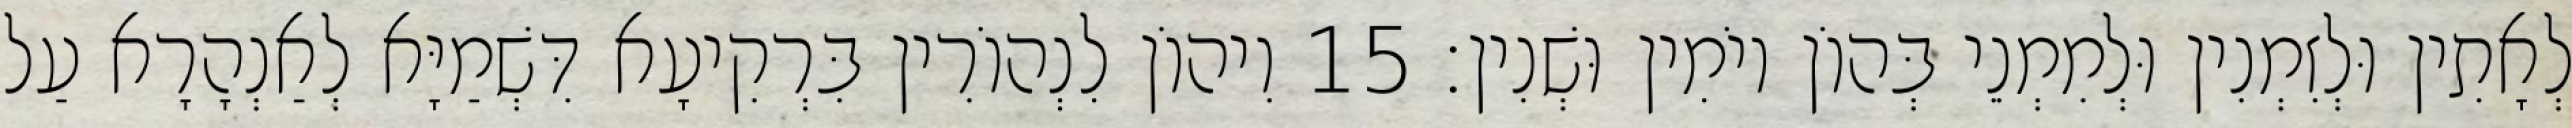
לְאָתִין וּלְזִמְנִין וּלְמִמְנֵי בְּהוֹן יוֹמִין וּשְׁנִין׃ 15 וִיהוֹן לִנְהוֹרִין בִּרְקִיעָא דִּשְׁמַיָּא לְאַנְהָרָא עַל